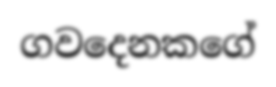
ගවදෙනකගේ